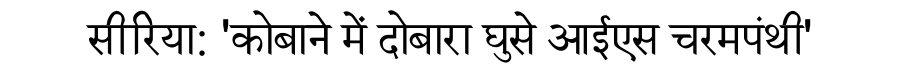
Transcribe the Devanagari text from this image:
सीरिया: 'कोबाने में दोबारा घुसे आईएस चरमपंथी'